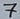
Text: 7